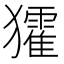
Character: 㺢